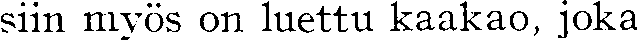
siin myös on luettu kaakao, joka